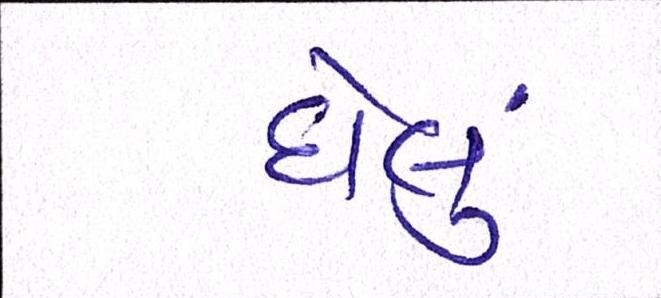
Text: ઘેલું